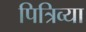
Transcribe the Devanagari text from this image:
पित्रिव्या